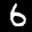
Label: 6